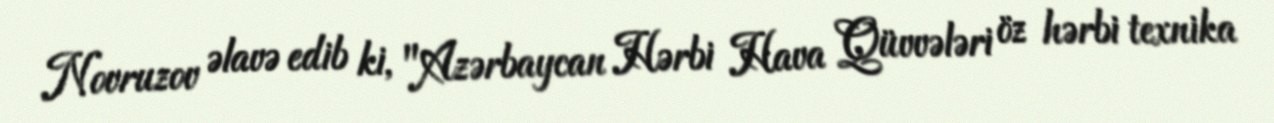
Novruzov əlavə edib ki, "Azərbaycan Hərbi Hava Qüvvələri öz hərbi texnika